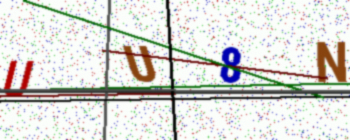
Text: UU8N